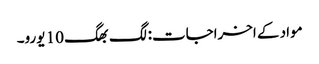
مواد کے اخراجات: لگ بھگ 10 یورو۔